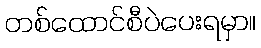
တစ်ထောင်စီပဲပေးရမှာ။